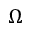
\Omega